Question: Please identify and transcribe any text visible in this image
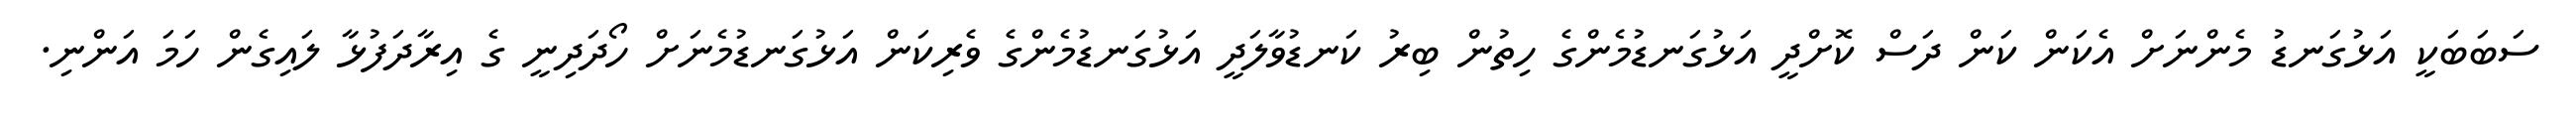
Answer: ސަބަބަކީ އަޅުގަނޑު މެންނަށް އެކަން ކަން ދަސް ކޮށްދީ އަޅުގަނޑުމެންގެ ހިތުން ބިރު ކަނޑުވާލަދީ އަޅުގަނޑުމެންގެ ވެރިކަން އަޅުގަނޑުމެނަށް ހޯދަދިނީ ގެ އިރާދަފުޅާ ލައިގެން ހަމަ އަންނި.